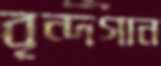
বৃন্দগান